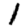
Digit: 1